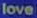
love